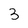
Character: 3